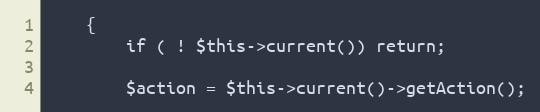
Language: PHP
	{
		if ( ! $this->current()) return;

		$action = $this->current()->getAction();